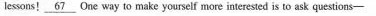
lessons! \underline 67 One way to make yourself more interested is to ask questions-